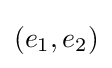
(e_{1},e_{2})